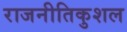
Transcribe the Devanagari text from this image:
राजनीतिकुशल